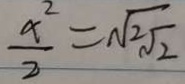
\frac { x ^ { 2 } } { 2 } = \sqrt { \sqrt [ 2 ] { 2 } }